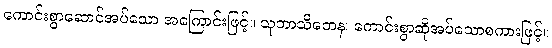
ကောင်းစွာဆောင်အပ်သော အကြောင်းဖြင့်။ သုဘာသိတေန၊ ကောင်းစွာဆိုအပ်သောစကားဖြင့်။